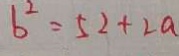
b ^ { 2 } = 5 2 + 2 a